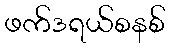
ဖက်ဒရယ်စနစ်